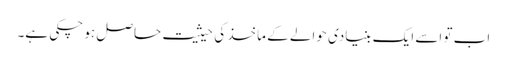
اب تو اسے ایک بنیادی حوالے کے ماخذ کی حیثیت حاصل ہو چکی ہے۔